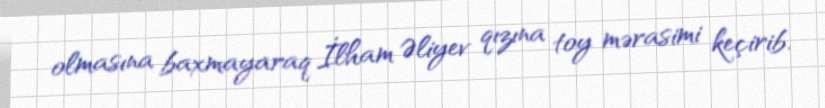
olmasına baxmayaraq İlham Əliyev qızına toy mərasimi keçirib.